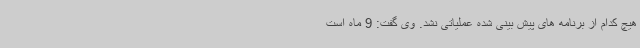
هیچ کدام از برنامه های پیش بینی شده عملیاتی نشد. وی گفت: 9 ماه است